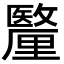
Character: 𮡟